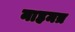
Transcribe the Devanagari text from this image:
नाहमत्र